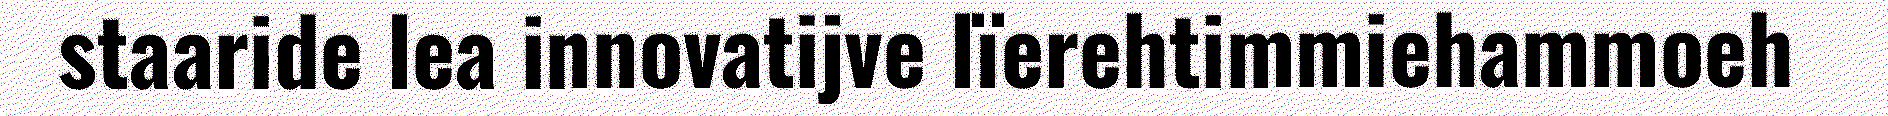
staaride lea innovatijve lïerehtimmiehammoeh